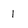
Character: I